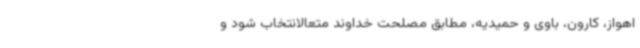
اهواز، کارون، باوی و حمیدیه، مطابق مصلحت خداوند متعالانتخاب شود و